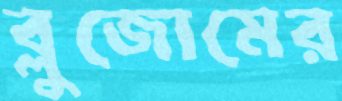
ব্লুজোমের